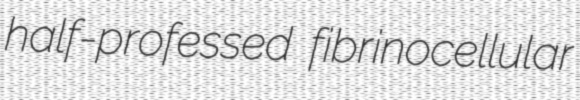
half-professed fibrinocellular